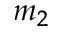
m _ { 2 }